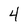
Character: 4